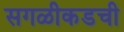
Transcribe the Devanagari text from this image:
सगळीकडची